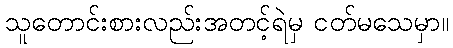
သူတောင်းစားလည်းအတင့်ရဲမှ ငတ်မသေမှာ။